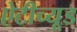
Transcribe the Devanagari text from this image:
ऐटीच्यूड